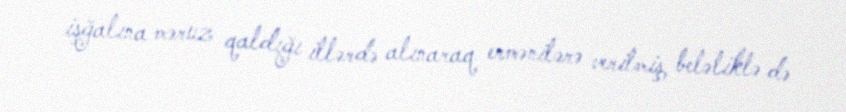
işğalına məruz qaldığı illərdə alınaraq ermənilərə verilmiş, beləliklə də